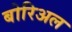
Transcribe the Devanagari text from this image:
बोरिअल